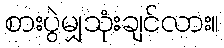
စားပွဲမျှသုံးချင်လား။